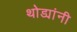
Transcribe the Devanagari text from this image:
थोड्यांनी